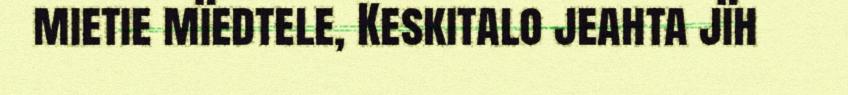
mietie mïedtele, Keskitalo jeahta jïh